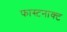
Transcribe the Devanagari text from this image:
फास्टनाक्ट